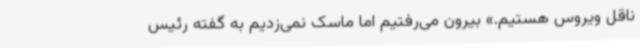
ناقل ویروس هستیم.» بیرون می‌رفتیم اما ماسک نمی‌زدیم به‌ گفته رئیس